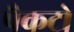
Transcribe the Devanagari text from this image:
पैकटो